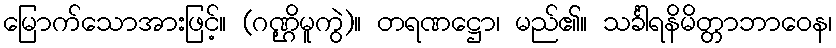
မြောက်သောအားဖြင့်။ (ဂဏ္ဌိမူကွဲ)။ တရဏဋ္ဌော၊ မည်၏။ သင်္ခါရနိမိတ္တာဘာဝေန၊